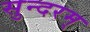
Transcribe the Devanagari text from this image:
सुन्‍दरम्